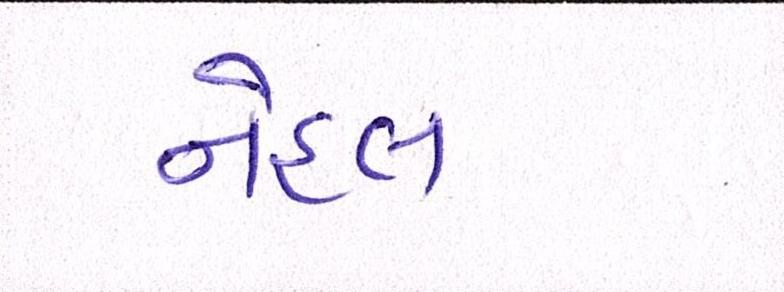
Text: નેહલ